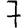
Digit: 7